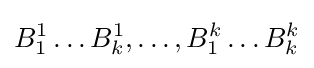
B_{1}^{1}\ldots B_{k}^{1},\ldots ,B_{1}^{k}\ldots B_{k}^{k}